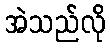
အဲသည်လို